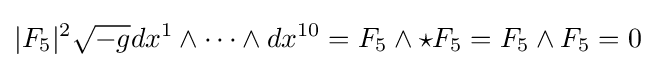
|F_{5}|^{2}{\sqrt {-g}}dx^{1}\wedge \cdots \wedge dx^{10}=F_{5}\wedge \star F_{5}=F_{5}\wedge F_{5}=0